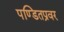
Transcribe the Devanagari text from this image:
पण्डितप्रवर